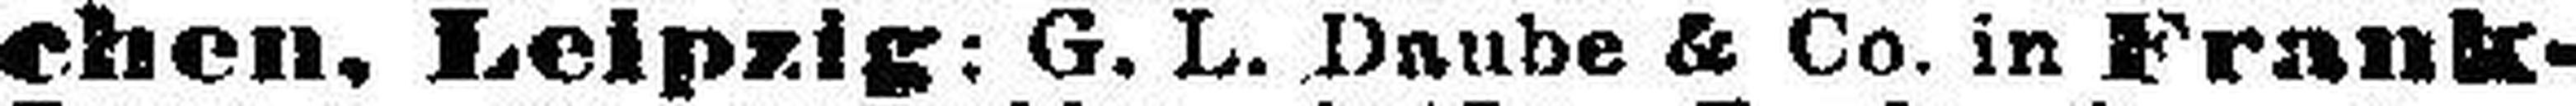
ehen. Leipzig: G. L. Daube & Co. in Frank¬